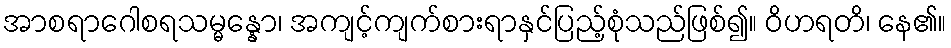
အာစရာဂေါစရသမ္မန္နော၊ အကျင့်ကျက်စားရာနှင်ပြည့်စုံသည်ဖြစ်၍။ ဝိဟရတိ၊ နေ၏။